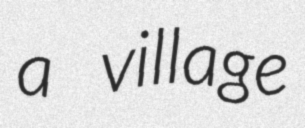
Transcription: a village